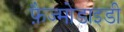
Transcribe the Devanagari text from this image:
फ़ैज्मोडाइडी